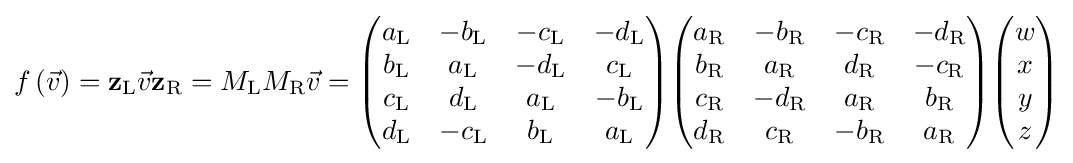
f\left({\vec {v}}\right)=\mathbf {z} _{\rm {L}}{\vec {v}}\mathbf {z} _{\rm {R}}=M_{\rm {L}}M_{\rm {R}}{\vec {v}}={\begin{pmatrix}a_{\rm {L}}&-b_{\rm {L}}&-c_{\rm {L}}&-d_{\rm {L}}\\b_{\rm {L}}&a_{\rm {L}}&-d_{\rm {L}}&c_{\rm {L}}\\c_{\rm {L}}&d_{\rm {L}}&a_{\rm {L}}&-b_{\rm {L}}\\d_{\rm {L}}&-c_{\rm {L}}&b_{\rm {L}}&a_{\rm {L}}\end{pmatrix}}{\begin{pmatrix}a_{\rm {R}}&-b_{\rm {R}}&-c_{\rm {R}}&-d_{\rm {R}}\\b_{\rm {R}}&a_{\rm {R}}&d_{\rm {R}}&-c_{\rm {R}}\\c_{\rm {R}}&-d_{\rm {R}}&a_{\rm {R}}&b_{\rm {R}}\\d_{\rm {R}}&c_{\rm {R}}&-b_{\rm {R}}&a_{\rm {R}}\end{pmatrix}}{\begin{pmatrix}w\\x\\y\\z\end{pmatrix}}